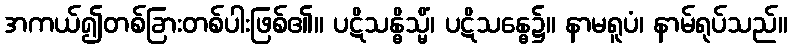
အကယ်၍တစ်ခြားတစ်ပါးဖြစ်၏။ ပဋိသန္ဓိသ္မိံ၊ ပဋိသန္ဓေ၌။ နာမရူပံ၊ နာမ်ရုပ်သည်။